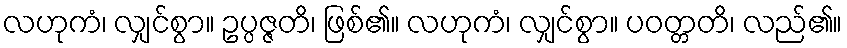
လဟုကံ၊ လျှင်စွာ။ ဥပ္ပဇ္ဇတိ၊ ဖြစ်၏။ လဟုကံ၊ လျှင်စွာ။ ပဝတ္တတိ၊ လည်၏။